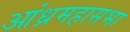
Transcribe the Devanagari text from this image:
आंध्रमहासभा